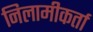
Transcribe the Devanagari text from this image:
निलामीकर्ता